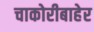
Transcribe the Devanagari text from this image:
चाकोरीबाहेर